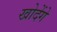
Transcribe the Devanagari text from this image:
खोदेंगे